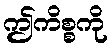
ဤကိစ္စကို